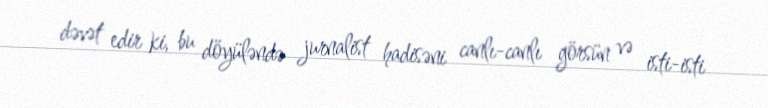
dəvət edir ki, bu döyüləndə jurnalist hadisəni canlı-canlı görsün və isti-isti